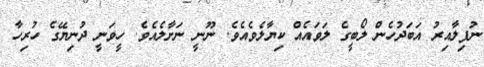
ނުފިލާއިރު އަބަދުހެން ލޯބީގެ ލަވައެއް ކިޔާލެވެއެވެ. ނޫނީ ނަށާލެއެވެ. ހީވަނީ ދުނިޔޭގެ ހުރިހާ